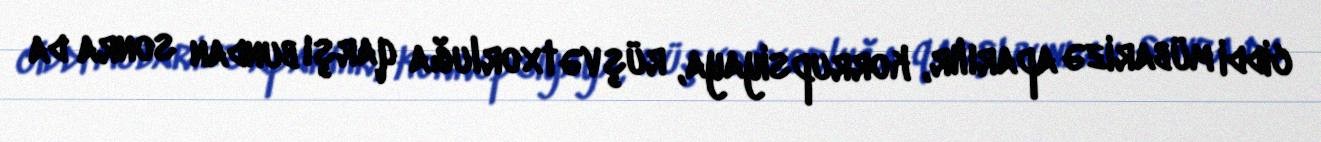
ciddi mübarizə aparılır, korrupsiyaya, rüşvətxorluğa qarşı bundan sonra da